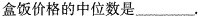
盒饭价格的中位数是___.